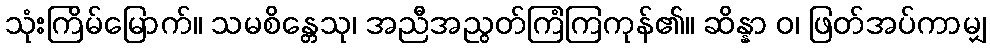
သုံးကြိမ်မြောက်။ သမစိန္တေသု၊ အညီအညွတ်ကြံကြကုန်၏။ ဆိန္နာ ဝ၊ ဖြတ်အပ်ကာမျှ